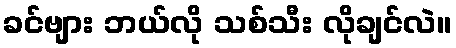
ခင်ဗျား ဘယ်လို သစ်သီး လိုချင်လဲ။